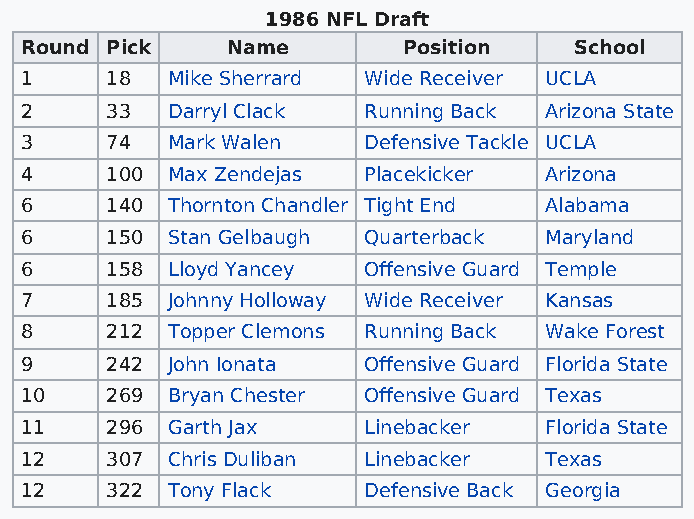
1986 NFL Draft
 Round Pick    Name        Position   School
 1     18  Mike Sherrard Wide Receiver UCLA
 2     33  Darryl Clack Running Back Arizona State
 3     74  Mark Walen   Defensive Tackle UCLA
 4     100 Max Zendejas Placekicker Arizona
 6     140 Thornton Chandler Tight End Alabama
 6     150 Stan Gelbaugh Quarterback Maryland
 6     158 Lloyd Yancey Offensive Guard Temple
 7     185 Johnny Holloway Wide Receiver Kansas
 8     212 Topper Clemons Running Back Wake Forest
 9     242 John Ionata  Offensive Guard Florida State
 10    269 Bryan Chester Offensive Guard Texas
 11    296 Garth Jax    Linebacker  Florida State
 12    307 Chris Duliban Linebacker Texas
 12    322 Tony Flack   Defensive Back Georgia